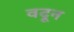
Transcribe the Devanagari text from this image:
वदून